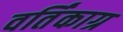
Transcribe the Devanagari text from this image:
वर्तिंकाग्र